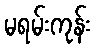
မရမ်းကုန်း